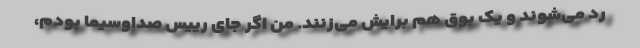
رد می‌شوند و یک بوق هم برایش می‌زنند. من اگر جای رییس صداوسیما بودم،